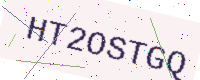
Text: HT2OSTGQ